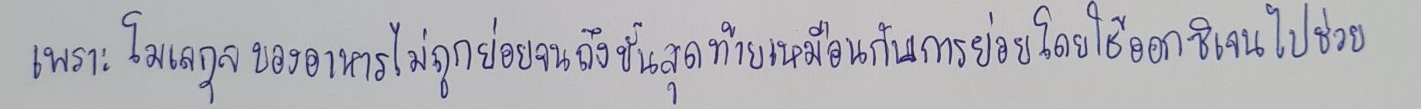
เพราะโมเลกุลของอาหารไม่ถูกย่อยจนถึงขั้นสุดท้ายเหมือนกับการย่อยโดยใช้ออกซิเจนไปช่วย